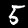
Label: 5